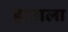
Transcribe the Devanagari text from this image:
हानाला